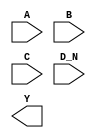
module sky130_fd_sc_hdll__nor4b (
    //# {{data|Data Signals}}
    input  A  ,
    input  B  ,
    input  C  ,
    input  D_N,
    output Y
);

    // Voltage supply signals
    supply1 VPWR;
    supply0 VGND;
    supply1 VPB ;
    supply0 VNB ;

endmodule